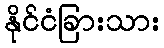
နိုင်ငံခြားသား